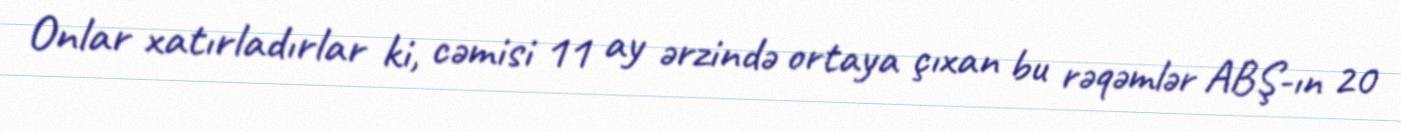
Onlar xatırladırlar ki, cəmisi 11 ay ərzində ortaya çıxan bu rəqəmlər ABŞ-ın 20